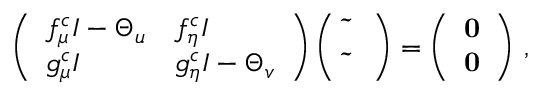
\left( \begin{array} { l l } { f _ { \mu } ^ { c } I - \Theta _ { u } } & { f _ { \eta } ^ { c } I } \\ { g _ { \mu } ^ { c } I } & { g _ { \eta } ^ { c } I - \Theta _ { v } } \end{array} \right) \left( \begin{array} { l } { { \bf \tilde { \mu } } } \\ { { \bf \tilde { \eta } } } \end{array} \right) = \left( \begin{array} { l } { { \bf 0 } } \\ { { \bf 0 } } \end{array} \right) \, ,